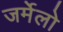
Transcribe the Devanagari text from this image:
जर्मेलो